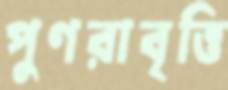
পুণরাবৃত্তি